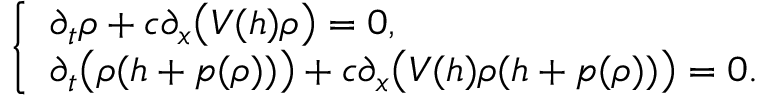
\left\{ \begin{array} { l l } { \partial _ { t } \rho + c \partial _ { x } \bigl ( V ( h ) \rho \bigr ) = 0 , } \\ { \partial _ { t } \bigl ( \rho ( h + p ( \rho ) ) \bigr ) + c \partial _ { x } \bigl ( V ( h ) \rho ( h + p ( \rho ) ) \bigr ) = 0 . } \end{array} \right.